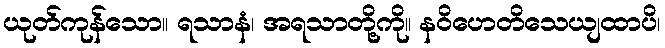
ယုတ်ကုန်သော။ ရသာနံ၊ အရသာတို့ကို။ နဝိဟေတိသေယျထာပိ၊